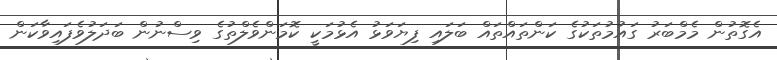
އެގޮތުން މެމްބަރު ގައުމުތަކުގެ ކަންތައްތައް ބަލައި ފިޔަވަޅު އެޅުމަކީ ކޮމަންވެލްތުގެ ވިސްނުން ބަދަލުވެފައިވާކަން